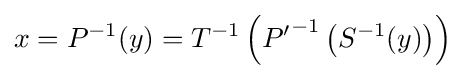
x=P^{-1}(y)=T^{-1}\left({P'}^{-1}\left(S^{-1}(y)\right)\right)